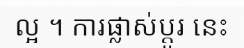
ល្អ ។ ការផ្លាស់ប្តូរ នេះ